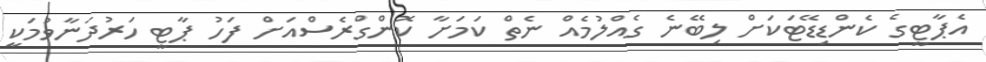
އެޕާޓީގެ ކެންޑިޑޭޓަކަށް ލިބޭނެ ގެއްލުމެއް ނެތް ކަމަށާ ކޮންގްރެސްއަށް ފަހު ޕާޓީ ހަރުދަނާވުމަކީ